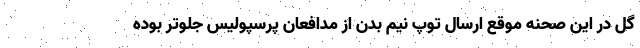
گل در این صحنه موقع ارسال توپ نیم بدن از مدافعان پرسپولیس جلوتر بوده